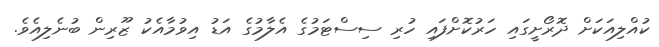
ކުއްލިއަކަށް ދޮރޯށީގައި ހަރުކޮށްފައި ހުރި ސިސްޓަމުގެ އެލާމުގެ އަޑު އިވުމާއެކު ޒޫރިން ބުނެލިއެވެ.